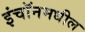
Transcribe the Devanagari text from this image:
इंचॉनमधील